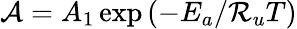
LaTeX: \mathcal{A}=A_{1}\exp{({-E_{a}}/{\mathcal{R}_{u}T})}